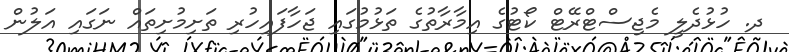
ދ. ހުޅުދެލީ މެޖިސްޓްރޭޓް ކޯޓުގެ އިމާރާތުގެ ތަޅުމުގައި ޖަހާފައިހުރި ތަށިމުށިތައް ނަގައި އަލުން